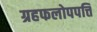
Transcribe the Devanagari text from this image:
ग्रहफलोपपत्ति